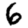
Digit: 6